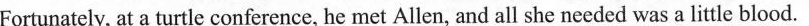
Fortunately, at a turtle conference, he met Allen, and all she needed was a little blood.